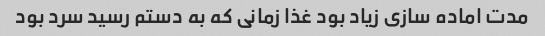
مدت اماده سازی زیاد بود غذا زمانی که به دستم رسید سرد بود